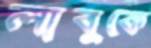
লাবুকে